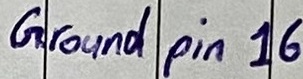
Text: Ground pin 16